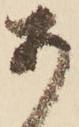
あ